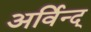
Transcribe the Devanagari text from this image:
अर्विन्द्